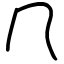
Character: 𠘨